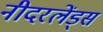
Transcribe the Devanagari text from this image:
नीदरलेंड्स